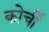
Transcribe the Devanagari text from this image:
कोर्ची